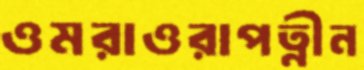
ওমরাওরাপত্নীন